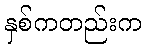
နှစ်ကတည်းက